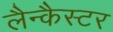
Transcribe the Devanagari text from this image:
लैन्कैस्टर